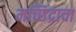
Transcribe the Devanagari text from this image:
मच्छिंद्राचा